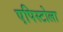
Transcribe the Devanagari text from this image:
एपिस्टोला